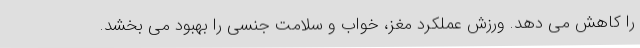
را کاهش می دهد. ورزش عملکرد مغز، خواب و سلامت جنسی را بهبود می بخشد.